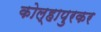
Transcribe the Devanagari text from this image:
कोल्हापुरकर